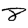
Digit: 8